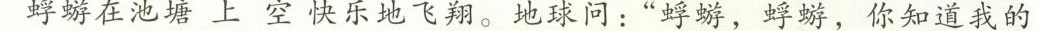
蜉蝣在池塘 上 空 快乐地飞翔。地球问:“蜉蝣，你知道我的